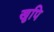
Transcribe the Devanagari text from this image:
खुपि